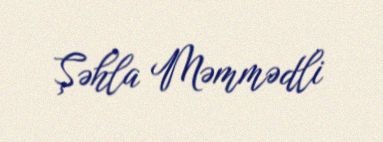
Şəhla Məmmədli